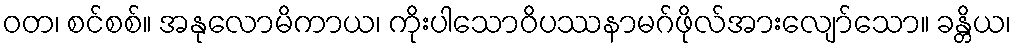
ဝတ၊ စင်စစ်။ အနုလောမိကာယ၊ ကိုးပါသောဝိပဿနာမဂ်ဖိုလ်အားလျော်သော။ ခန္တိယ၊